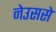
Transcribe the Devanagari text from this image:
नेउससे